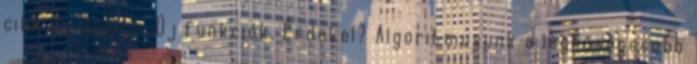
cikk Új design. Új funkciók. Érdekel? Algoritmusunk a leghűségesebb